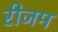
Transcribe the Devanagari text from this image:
रीजम